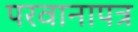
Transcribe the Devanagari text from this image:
परवानापत्र